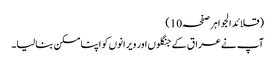
(قلائد الجواہر صفحہ10)
آپ نےعراق کے جنگلوں اور ویرانوں کو اپنا مسکن بنالیا۔